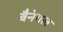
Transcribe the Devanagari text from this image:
बैनेगल